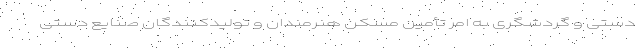
دستی و گردشگری به امر تأمین مسکن هنرمندان و تولیدکنندگان صنایع دستی